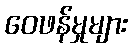
ဝေဖန်မှုများ